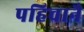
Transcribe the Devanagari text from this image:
पहिचानै